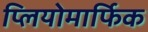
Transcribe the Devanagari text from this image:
प्लियोमार्फिक